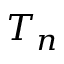
T _ { n }